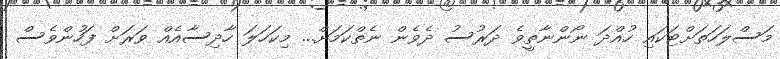
މަސްލަހަތަށްޓަކައި ހުއްދަ ނޯންނާތީވެ ދަރުސު ދެވެން ނެތްކަމަށް... މިކަހަލަ ހާދިސާއެއް ވަރަށް ފަހުންވެސް